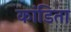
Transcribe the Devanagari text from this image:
कांडिता